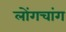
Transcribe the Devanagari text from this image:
लोंगचांग